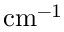
\mathrm { c m ^ { - 1 } }